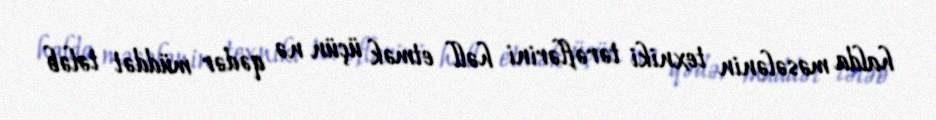
halda məsələnin texniki tərəflərini həll etmək üçün nə qədər müddət tələb